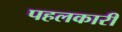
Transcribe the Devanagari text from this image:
पहलकारी